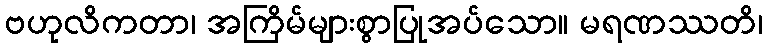
ဗဟုလိကတာ၊ အကြိမ်များစွာပြုအပ်သော။ မရဏဿတိ၊